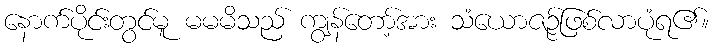
နောက်ပိုင်းတွင်မူ မမမိသည် ကျွန်တော့်အား သံယောဇဉ်ဖြစ်လာပုံရ၏။